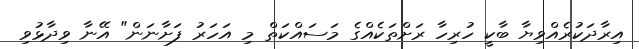
އިރާދަކުރެއްވިޔާ ބާކީ ހުރިހާ ރަށްތަކެއްގެ މަސައްކަތް މި އަހަރު ފަށާނަން" އޭނާ ވިދާޅުވި